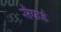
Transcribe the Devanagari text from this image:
सैफर्ड